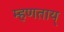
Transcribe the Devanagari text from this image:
म्हणताय्